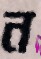
ন